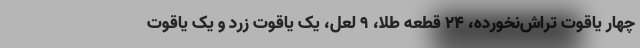
چهار یاقوت تراش‌نخورده، ۲۴ قطعه طلا، ۹ لعل، یک یاقوت زرد و یک یاقوت